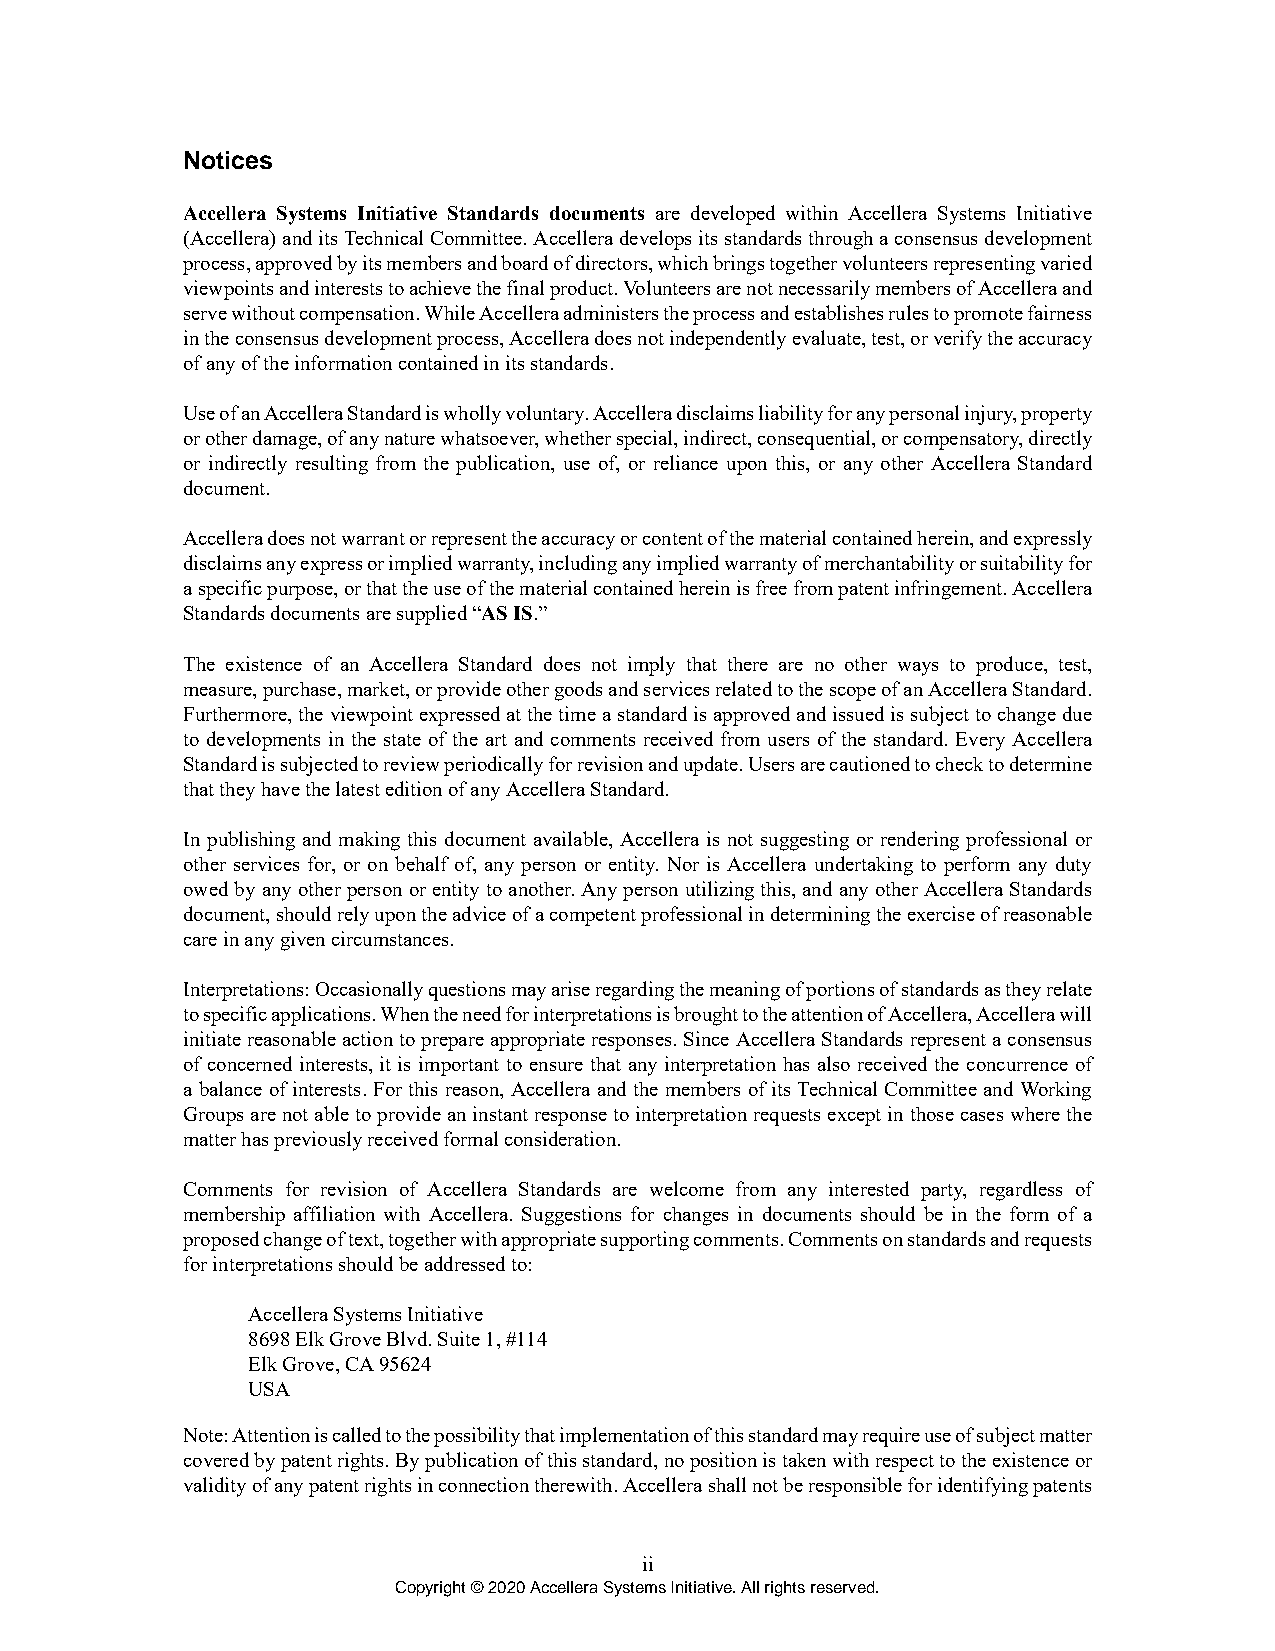
Notices
 Accellera Systems Initiative Standards documents are developed within Accellera Systems Initiative
 (Accellera) and its Technical Committee. Accellera develops its standards through a consensus development
 process, approved by its members and board of directors, which brings together volunteers representing varied
 viewpoints and interests to achieve the final product. Volunteers are not necessarily members of Accellera and
 serve without compensation. While Accellera administers the process and establishes rules to promote fairness
 in the consensus development process, Accellera does not independently evaluate, test, or verify the accuracy
 of any of the information contained in its standards.
 Use of an Accellera Standard is wholly voluntary. Accellera disclaims liability for any personal injury, property
 or other damage, of any nature whatsoever, whether special, indirect, consequential, or compensatory, directly
 or indirectly resulting from the publication, use of, or reliance upon this, or any other Accellera Standard
 document.
 Accellera does not warrant or represent the accuracy or content of the material contained herein, and expressly
 disclaims any express or implied warranty, including any implied warranty of merchantability or suitability for
 a specific purpose, or that the use of the material contained herein is free from patent infringement. Accellera
 Standards documents are supplied “AS IS.”
 The existence of an Accellera Standard does not imply that there are no other ways to produce, test,
 measure, purchase, market, or provide other goods and services related to the scope of an Accellera Standard.
 Furthermore, the viewpoint expressed at the time a standard is approved and issued is subject to change due
 to developments in the state of the art and comments received from users of the standard. Every Accellera
 Standard is subjected to review periodically for revision and update. Users are cautioned to check to determine
 that they have the latest edition of any Accellera Standard.
 In publishing and making this document available, Accellera is not suggesting or rendering professional or
 other services for, or on behalf of, any person or entity. Nor is Accellera undertaking to perform any duty
 owed by any other person or entity to another. Any person utilizing this, and any other Accellera Standards
 document, should rely upon the advice of a competent professional in determining the exercise of reasonable
 care in any given circumstances.
 Interpretations: Occasionally questions may arise regarding the meaning of portions of standards as they relate
 to specific applications. When the need for interpretations is brought to the attention of Accellera, Accellera will
 initiate reasonable action to prepare appropriate responses. Since Accellera Standards represent a consensus
 of concerned interests, it is important to ensure that any interpretation has also received the concurrence of
 a balance of interests. For this reason, Accellera and the members of its Technical Committee and Working
 Groups are not able to provide an instant response to interpretation requests except in those cases where the
 matter has previously received formal consideration.
 Comments for revision of Accellera Standards are welcome from any interested party, regardless of
 membership affiliation with Accellera. Suggestions for changes in documents should be in the form of a
 proposed change of text, together with appropriate supporting comments. Comments on standards and requests
 for interpretations should be addressed to:
 Accellera Systems Initiative
 8698 Elk Grove Blvd. Suite 1, #114
 Elk Grove, CA 95624
 USA
 Note: Attention is called to the possibility that implementation of this standard may require use of subject matter
 covered by patent rights. By publication of this standard, no position is taken with respect to the existence or
 validity of any patent rights in connection therewith. Accellera shall not be responsible for identifying patents
 ii
 Copyright © 2020 Accellera Systems Initiative. All rights reserved.